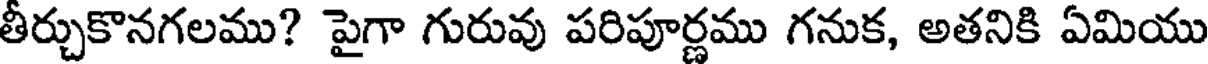
తీర్చుకొనగలము? పైగా గురువు పరిపూర్ణము గనుక, అతనికి ఏమియు